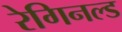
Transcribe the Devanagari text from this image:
रेगिनल्ड